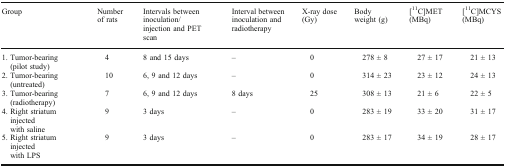
| Group | Number of rats | Intervals between inoculation/injection and PET scan | Interval between inoculation and radiotherapy | X-ray dose (Gy) | Body weight (g) | [11C]MET (MBq) | [11C]MCYS (MBq) |
 | --- | --- | --- | --- | --- | --- | --- | --- |
 | 1. Tumor-bearing (pilot study) | 4 | 8 and 15 days | – | 0 | 278 ± 8 | 27 ± 17 | 21 ± 13 |
 | 2. Tumor-bearing (untreated) | 10 | 6, 9 and 12 days | – | 0 | 314 ± 23 | 23 ± 12 | 24 ± 13 |
 | 3. Tumor-bearing (radiotherapy) | 7 | 6, 9 and 12 days | 8 days | 25 | 308 ± 13 | 21 ± 6 | 22 ± 5 |
 | 4. Right striatum injected with saline | 9 | 3 days | – | 0 | 283 ± 19 | 33 ± 20 | 31 ± 17 |
 | 5. Right striatum injected with LPS | 9 | 3 days | – | 0 | 283 ± 17 | 34 ± 19 | 28 ± 17 |